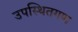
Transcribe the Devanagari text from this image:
उपस्थितगण